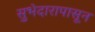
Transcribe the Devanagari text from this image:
सुभेदारापासून